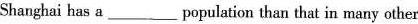
Shanghai has a ___ population than that in many other